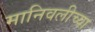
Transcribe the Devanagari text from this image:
मानिवलीच्या